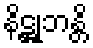
နိဋ္ဌုဘန္တိ